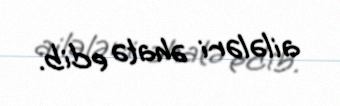
ailələri əhatə edib.